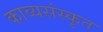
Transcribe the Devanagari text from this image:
काव्यसंस्कृत